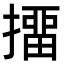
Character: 㩅